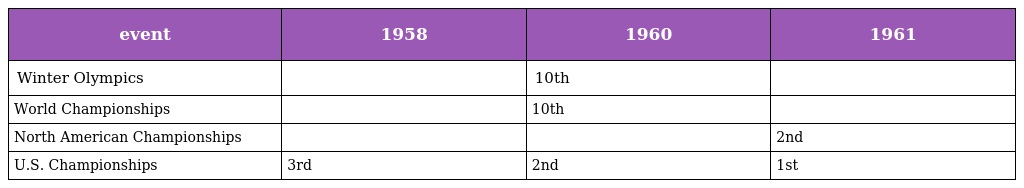
| event | 1958 | 1960 | 1961 |
 | --- | --- | --- | --- |
 | Winter Olympics |  | 10th |  |
 | World Championships |  | 10th |  |
 | North American Championships |  |  | 2nd |
 | U.S. Championships | 3rd | 2nd | 1st |